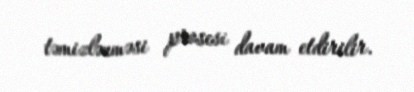
təmizlənməsi prosesi davam etdirilir.